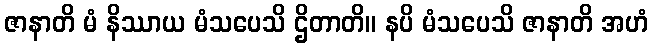
ဇာနာတိ မံ နိဿာယ မံသပေသိ ဌိတာတိ။ နပိ မံသပေသိ ဇာနာတိ အဟံ